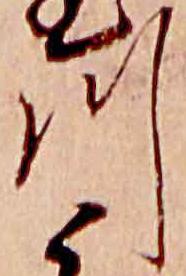
川